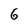
Character: 6